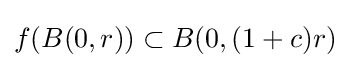
f(B(0,r))\subset B(0,(1+c)r)